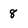
Character: 8